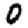
Digit: 0